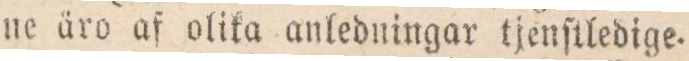
ne äro af olika anledningar tjenſtledige.